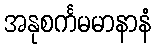
အနုစင်္ကမမာနာနံ